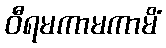
ဝီရမကာမကာမိံ